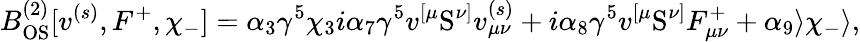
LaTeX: B_{\mathrm{OS}}^{(2)}[v^{(s)},F^{+},\chi_{-}]=\alpha_{3}\gamma^{5}\chi_{3}i\alpha_{7}\gamma^{5}v^{[\mu}\mathrm{S}^{\nu]}v_{\mu\nu}^{(s)}+i\alpha_{8}\gamma^{5}v^{[\mu}\mathrm{S}^{\nu]}F_{\mu\nu}^{+}+\alpha_{9}\rangle\chi_{-}\rangle,